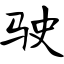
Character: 驶